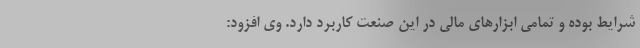
شرایط بوده و تمامی ابزار‌های مالی در این صنعت کاربرد دارد. وی افزود: